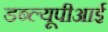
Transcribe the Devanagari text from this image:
डब्ल्यूपीआई